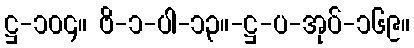
ဋ္ဌ-၁၀၄။ ဗိ-၁-ပါ-၁၃။-ဋ္ဌ-ပ-အုပ်-၁၆၉။